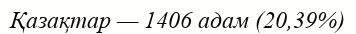
Қазақтар — 1406 адам (20,39%)